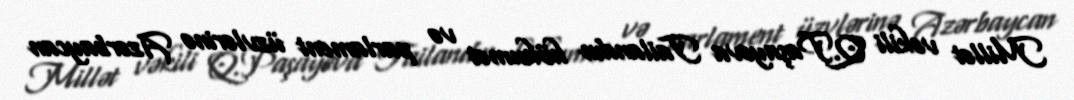
Millət vəkili Q.Paşayeva Tailandın hökumət və parlament üzvlərinə Azərbaycan